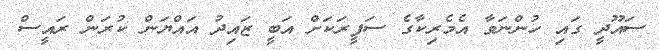
ސައޫދީ ގައި ހުންނަވާ އެމެރިކާގެ ސަފީރަކަށް އަބީ ޒައިދު އައްޔަން ކުރަން ރައީސް